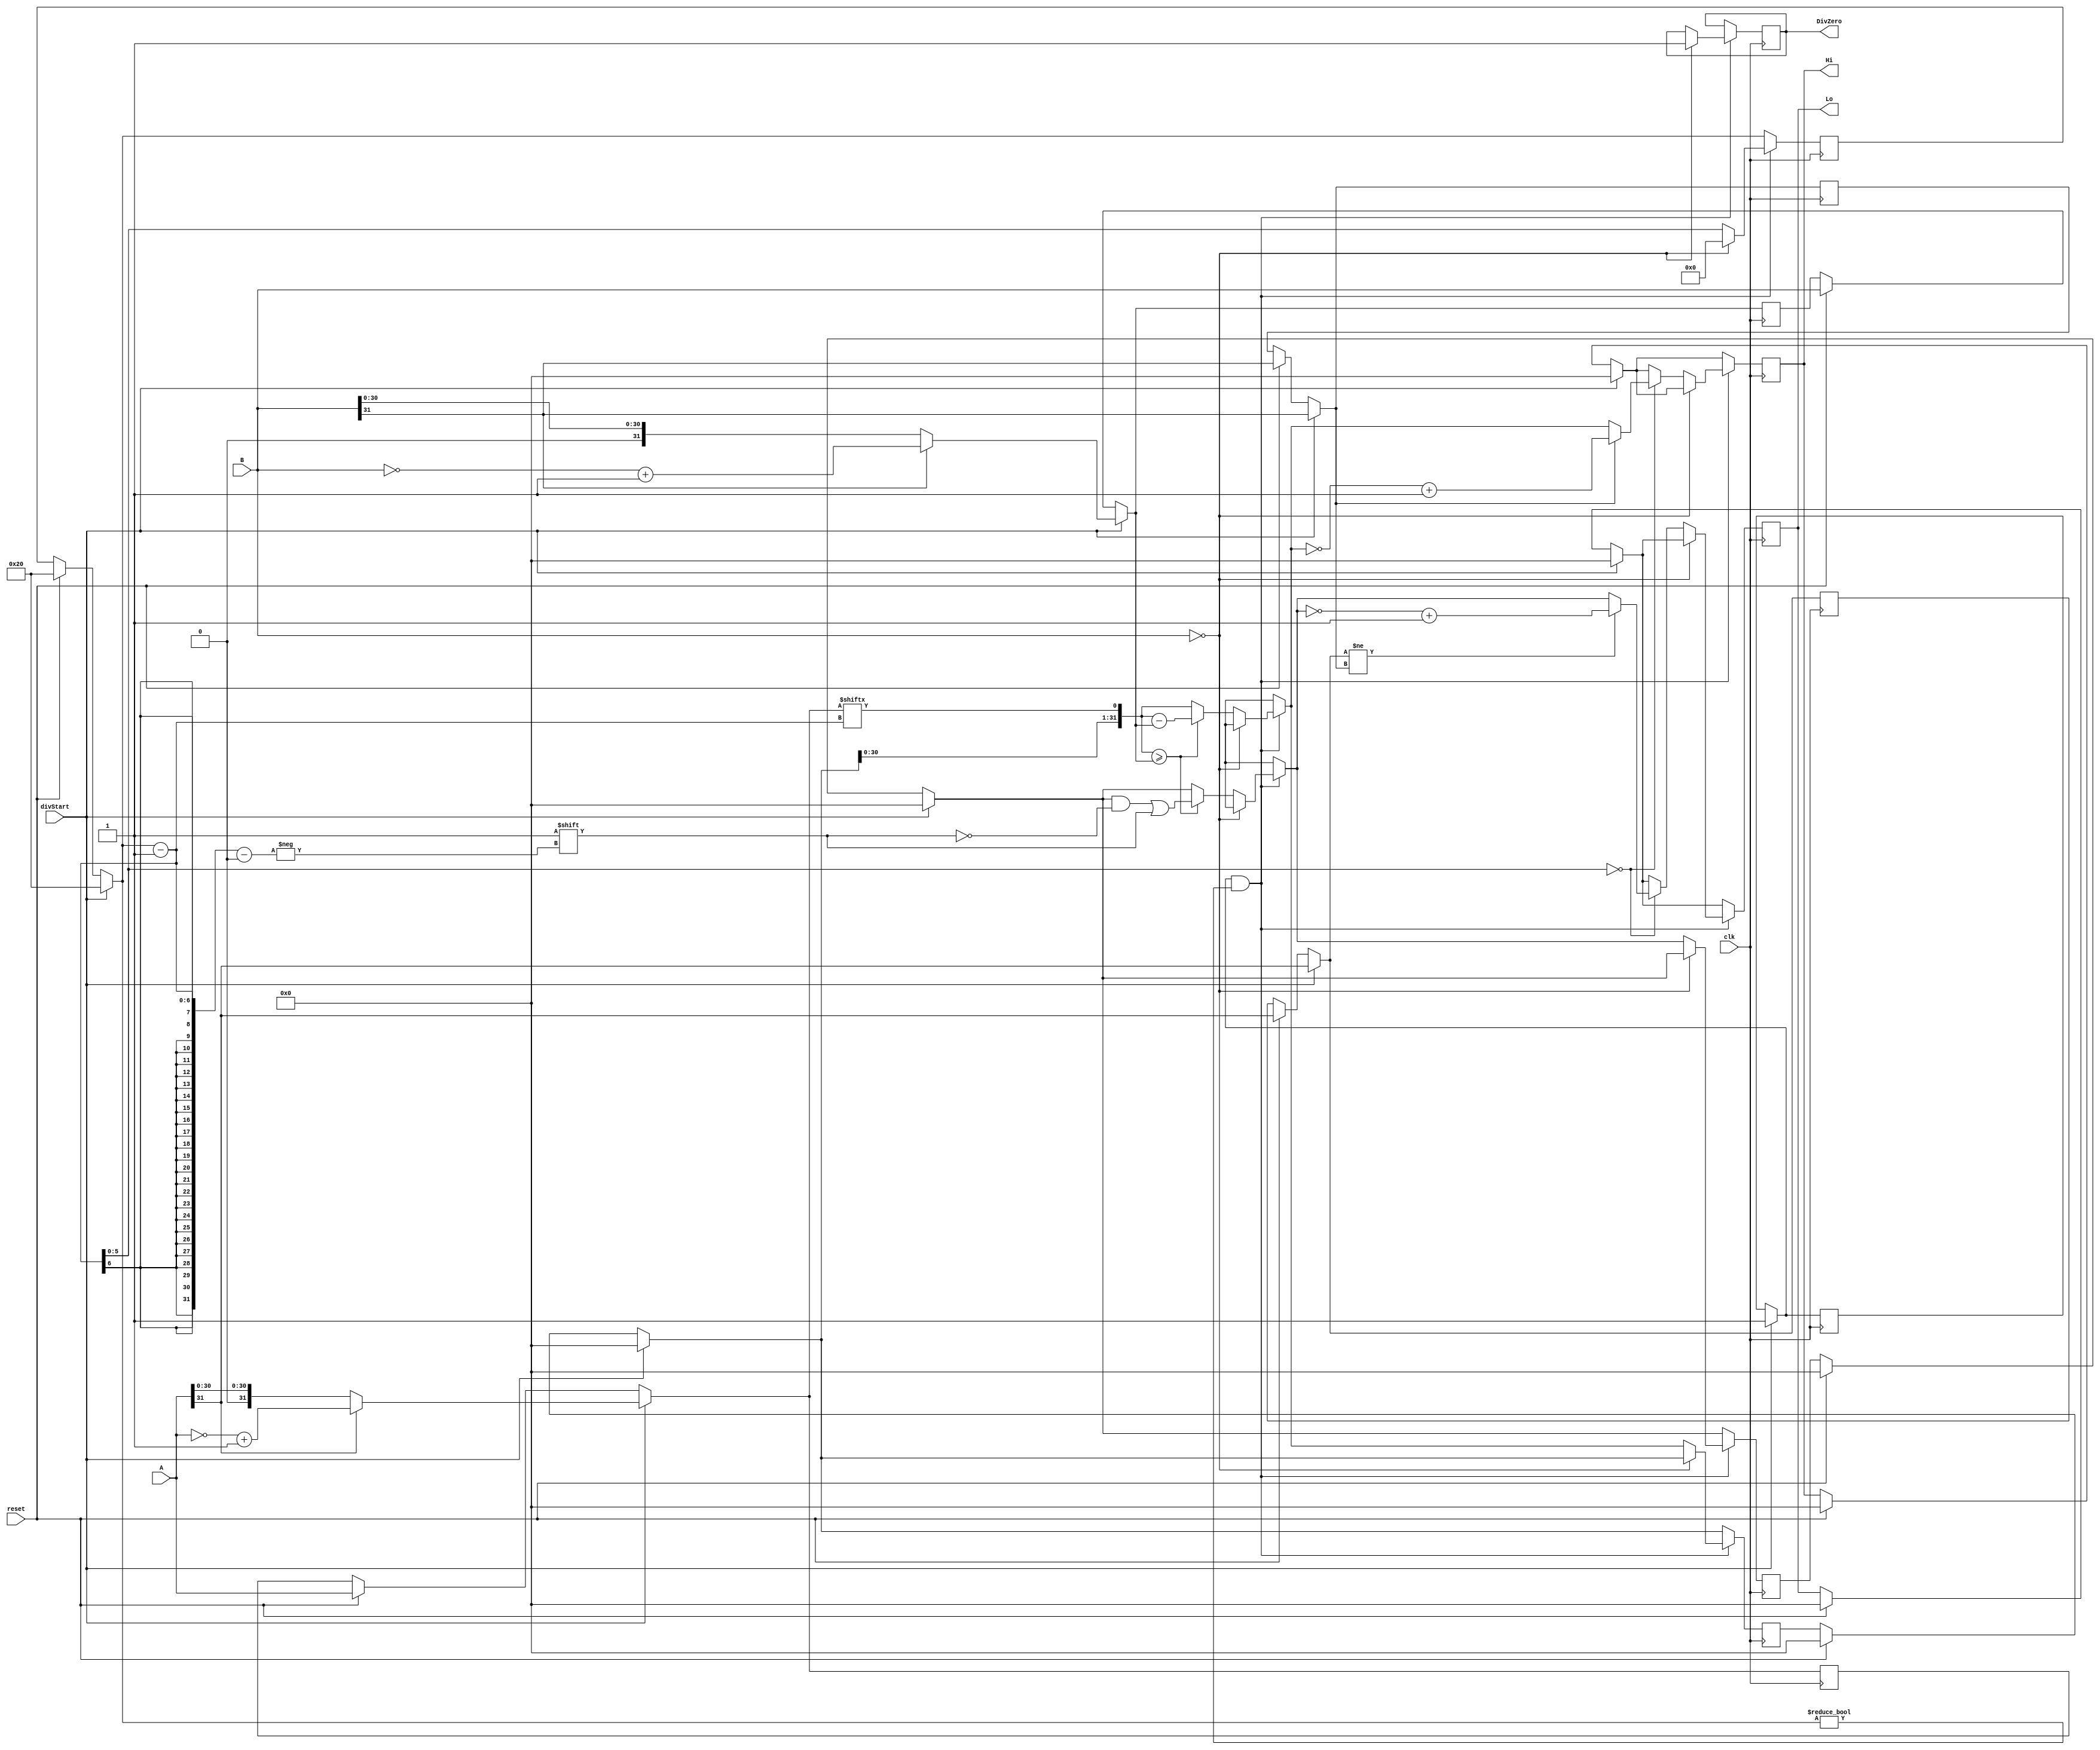

module Div(input wire clk, reset, divStart, input wire [31:0] A, B, output reg DivZero, output reg [31:0] Hi, Lo);
   
    reg aux = 1'b0;
    reg [5:0] nOfBits;

    reg [31:0] divisor;
    reg [31:0] dividendo;
    reg [31:0] resto;
    reg [31:0] resultado;

    reg sinalDividendo;
    reg sinalDivisor;

    always @(posedge clk) begin 

        if(reset == 1'b1)begin

            nOfBits = 6'd32;
            dividendo = A;
            divisor = B;
            resto = 32'b0;
            resultado = 32'b0;
            sinalDividendo = dividendo[31];
            sinalDivisor = divisor[31];
            Hi = 32'b0;
            Lo = 32'b0;

        end

        if(divStart == 1'b1)begin

            aux = 1'b1;
            nOfBits = 6'd32;
            dividendo = A;
            divisor = B;
            resto = 32'b0;
            resultado = 32'b0;
            sinalDividendo = dividendo[31];
            sinalDivisor = divisor[31];
            Hi = 32'b0;
            Lo = 32'b0;
            
            if(divisor[31] == 1'b1)begin

                divisor = ~(divisor) + 1'b1;

            end 
 
            if(dividendo[31] == 1'b1)begin

                dividendo = ~(dividendo) + 1'b1;

            end

        end

        if(aux == 1'b1 && nOfBits != 0)begin

            if(B == 32'b0) begin

                DivZero = 1'b1;
                nOfBits = 6'b0;
                
            end else begin

                resto = resto << 1;
                resto[0] = dividendo[nOfBits - 1];

                if(resto >= divisor)begin

                    resto = resto - divisor;
                    resultado[nOfBits - 1] = 1'b1;

                end

                nOfBits = nOfBits - 1;

                if(nOfBits == 6'b000000)begin

                    if(sinalDividendo != sinalDivisor)begin

                        if(sinalDivisor == 1'b1)begin

                            Hi = ~resto + 1'b1;

                        end else begin

                            Hi = resto;

                        end

                        Lo = ~resultado + 1'b1;

                    end else begin

                        if(sinalDivisor == 1'b1)begin

                            Hi = ~resto + 1'b1;

                        end else begin

                            Hi = resto;

                        end                    

                        Lo = resultado;

                    end

                end
            end
        end

    end

endmodule